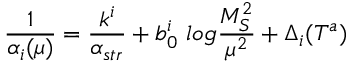
\frac { 1 } { \alpha _ { i } ( \mu ) } = \frac { k ^ { i } } { \alpha _ { s t r } } + b _ { 0 } ^ { i } ~ l o g \frac { M _ { S } ^ { 2 } } { \mu ^ { 2 } } + \Delta _ { i } ( T ^ { a } )